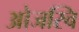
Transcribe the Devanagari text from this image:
ओजस्वि